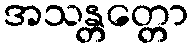
အသန္တတ္တော